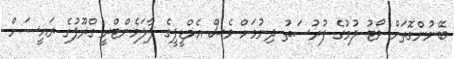
ބޭނުންގޮތަށް ވޯޓު ލުމުގެ ފުރުސަތު ދިނުމަށް ވެސް އެމްޑީޕީގެ ޕާލަމެންޓްރީ ގްރޫޕުގެ ރައީސަށް